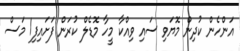
އަންހެން ކުދިން މޮޔަވި ސައި ވިއްކާ މީހާ މޮޑެލް ކުރަން ފަށައިފި1 މަސް